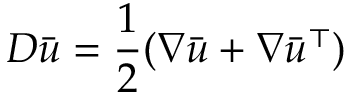
D \bar { u } = \frac 1 2 ( \nabla \bar { u } + \nabla \bar { u } ^ { \top } )